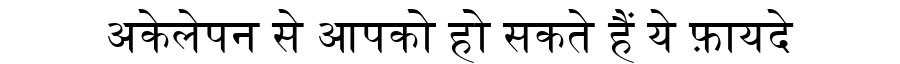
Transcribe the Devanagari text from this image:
अकेलेपन से आपको हो सकते हैं ये फ़ायदे